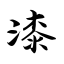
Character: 漆